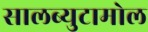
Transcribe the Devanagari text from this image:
सालब्युटामोल